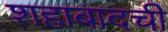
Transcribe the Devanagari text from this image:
शहाबादची